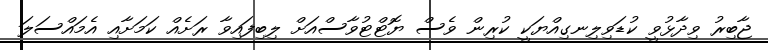
ޖާބިރު ވިދާޅުވީ ކުޑަވިލިނގިއްޔަކީ ކުރިން ވެސް ޔޮޓްޓުވާސްއަށް ލިބިފައިވާ ރަށެއް ކަމަށާއި އެމައްސަލަ